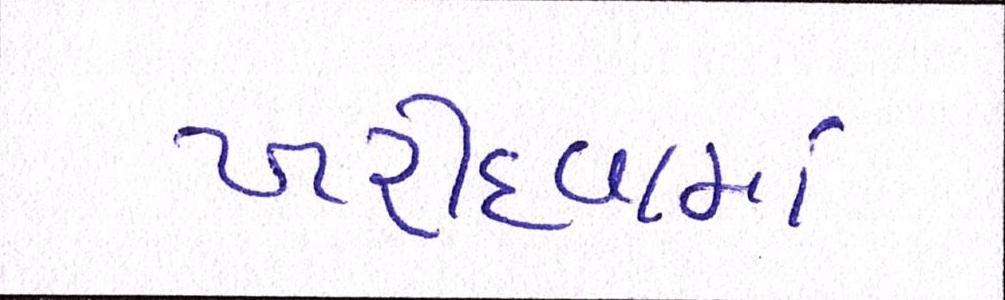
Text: ખરીદવામાં